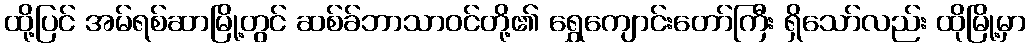
ထို့ပြင် အမ်ရစ်ဆာမြို့တွင် ဆစ်ခ်ဘာသာဝင်တို့၏ ရွှေကျောင်းတော်ကြီး ရှိသော်လည်း ထိုမြို့မှာ